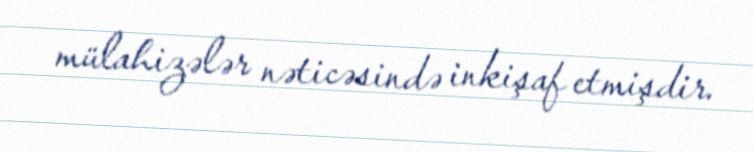
mülahizələr nəticəsində inkişaf etmişdir.